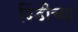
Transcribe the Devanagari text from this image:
दिंडीच्या